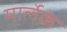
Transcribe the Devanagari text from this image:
मार्लेके